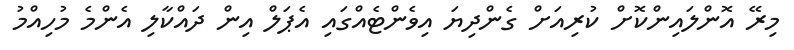
މިރޭ އޮންލައިންކޮށް ކުރިއަށް ގެންދިޔަ އިވެންޓެއްގައި އެޕަލް އިން ދައްކާލި އެންމެ މުހިއްމު